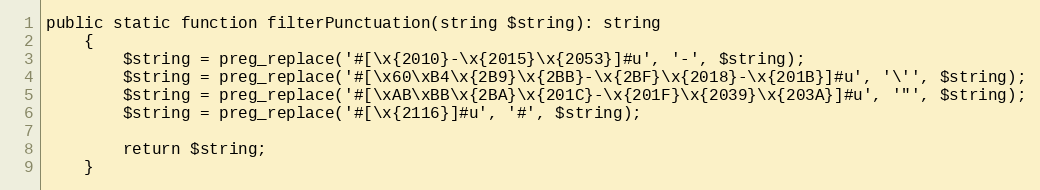
Language: PHP
public static function filterPunctuation(string $string): string
    {
        $string = preg_replace('#[\x{2010}-\x{2015}\x{2053}]#u', '-', $string);
        $string = preg_replace('#[\x60\xB4\x{2B9}\x{2BB}-\x{2BF}\x{2018}-\x{201B}]#u', '\'', $string);
        $string = preg_replace('#[\xAB\xBB\x{2BA}\x{201C}-\x{201F}\x{2039}\x{203A}]#u', '"', $string);
        $string = preg_replace('#[\x{2116}]#u', '#', $string);

        return $string;
    }